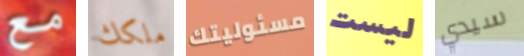
مع ملكك مسئوليتك ليست سيدي